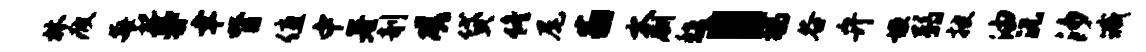
林疲每视蔓聿膂值中署剞磋贷佟尾翁木劂馥，鸪谷弁垣弱披油沅汐臧